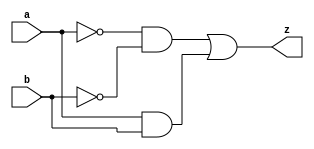
`timescale 1ns / 1ps
//////////////////////////////////////////////////////////////////////////////////
// Company: 
// Engineer: 
// 
// Design Name: 
// Module Name:    equal 
// Project Name: 
// Target Devices: 
// Tool versions: 
// Description: 
//
// Dependencies: 
//
// Revision: 
// Revision 0.01 - File Created
// Additional Comments: 
//
//////////////////////////////////////////////////////////////////////////////////
module equal(input a, b, output z);
	assign z = (~a & ~b) | (a & b);
endmodule